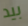
بيد